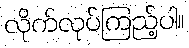
လိုက်လုပ်ကြည့်ပါ။